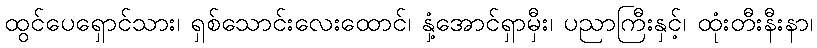
ထွင်ပေရှောင်သား၊ ရှစ်သောင်းလေးထောင်၊ နှံ့အောင်ရှာမှီး၊ ပညာကြီးနှင့်၊ ထုံးတီးနီးနာ၊